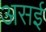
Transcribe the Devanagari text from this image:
असई